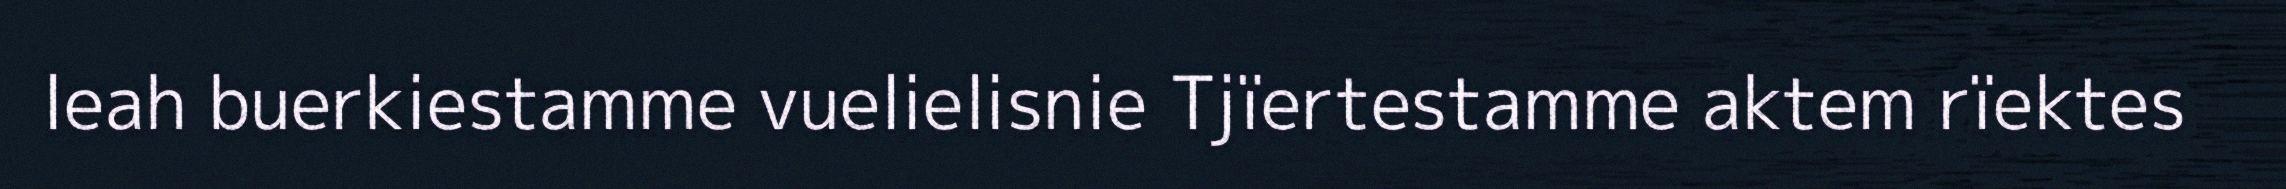
leah buerkiestamme vuelielisnie Tjïertestamme aktem rïektes